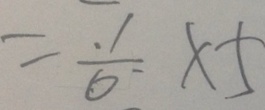
= \frac { 1 } { 6 } \times 5